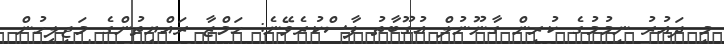
މި ދައުރު ނިމުމުގެ ކުރިން ގާނޫނުލް އުގޫބާތު ފާސްކުރެވޭނެ: ހަމްޒާ ރައްޔިތުންގެ މަޖިލީހުން